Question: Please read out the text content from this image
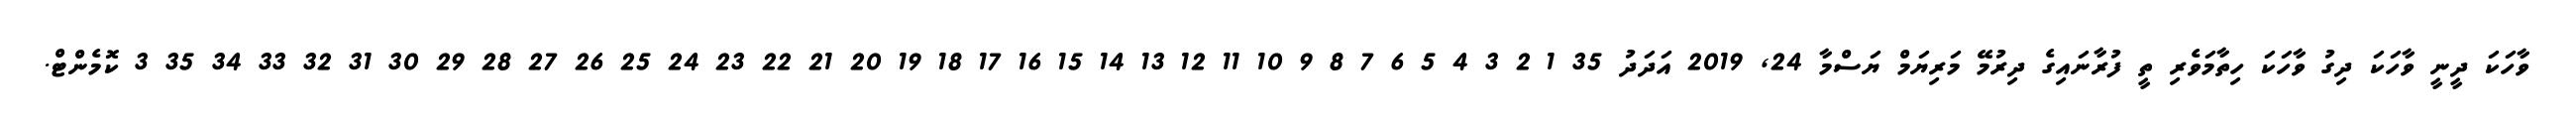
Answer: ވާހަކަ ދީނީ ވާހަކަ ދިގު ވާހަކަ ހިތާމަވެރި ތީ ފުރާނައިގެ ދިރުމޭ މަރިޔަމް ޔަސްމާ 24, 2019 އަދަދު 35 1 2 3 4 5 6 7 8 9 10 11 12 13 14 15 16 17 18 19 20 21 22 23 24 25 26 27 28 29 30 31 32 33 34 35 3 ކޮމެންޓް.